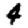
Digit: 4